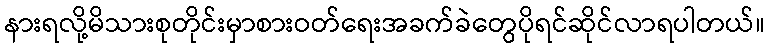
နားရလို့မိသားစုတိုင်းမှာစားဝတ်ရေးအခက်ခဲတွေပိုရင်ဆိုင်လာရပါတယ်။